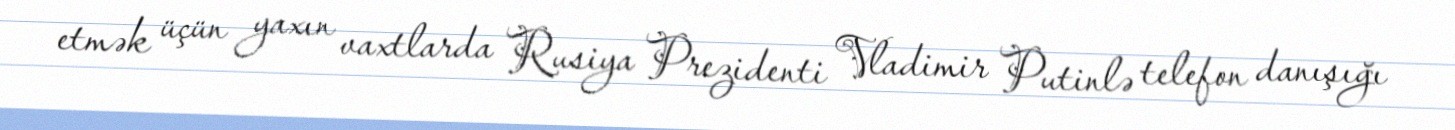
etmək üçün yaxın vaxtlarda Rusiya Prezidenti Vladimir Putinlə telefon danışığı